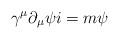
LaTeX: \begin{align*}\gamma^{\mu} \partial_{\mu} \psi i = m \psi\end{align*}